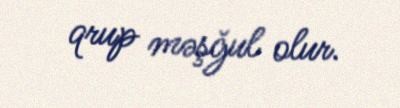
qrup məşğul olur.